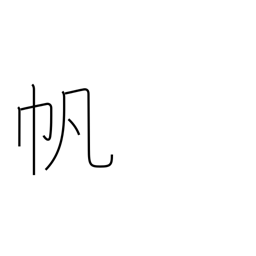
Meaning: sail